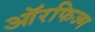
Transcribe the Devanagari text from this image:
ऑरफिज्म